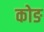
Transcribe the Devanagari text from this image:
कोङ